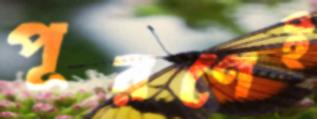
পূরণেই